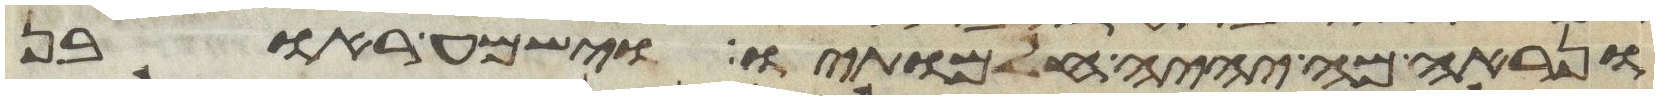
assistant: ונראה מה יהיה חלמתיו וישמע ראובן